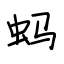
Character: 蚂